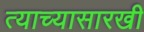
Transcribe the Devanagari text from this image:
त्याच्यासारखी